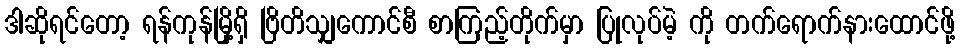
ဒါဆိုရင်တော့ ရန်ကုန်မြို့ရှိ ဗြိတိသျှကောင်စီ စာကြည့်တိုက်မှာ ပြုလုပ်မဲ့ ကို တက်ရောက်နားထောင်ဖို့